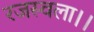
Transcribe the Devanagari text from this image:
रजस्वला।।